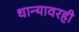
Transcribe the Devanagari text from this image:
धान्यावरही